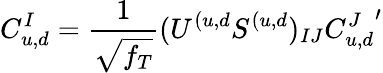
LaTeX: C_{u,d}^{I}={\frac{1}{\sqrt{f_{T}}}}(U^{(u,d}S^{(u,d})_{IJ}{C_{u,d}^{J}}^{\prime}